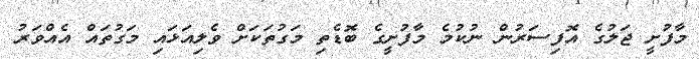
މާފުށީ ޖަލުގެ އޮފިސަރުން ނުކުމެ މާފުށީގެ ބޮޑެތި މަގުތަކަށް ވެލިއަޅައި މަގުތައް އެއްވަރު